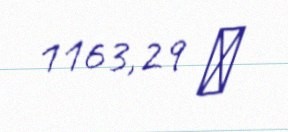
1163,29 ₼